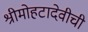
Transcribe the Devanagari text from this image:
श्रीमोहटादेवीची